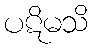
ပဋိမသိ